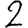
Digit: 2